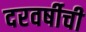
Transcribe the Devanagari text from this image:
दरवर्षीची